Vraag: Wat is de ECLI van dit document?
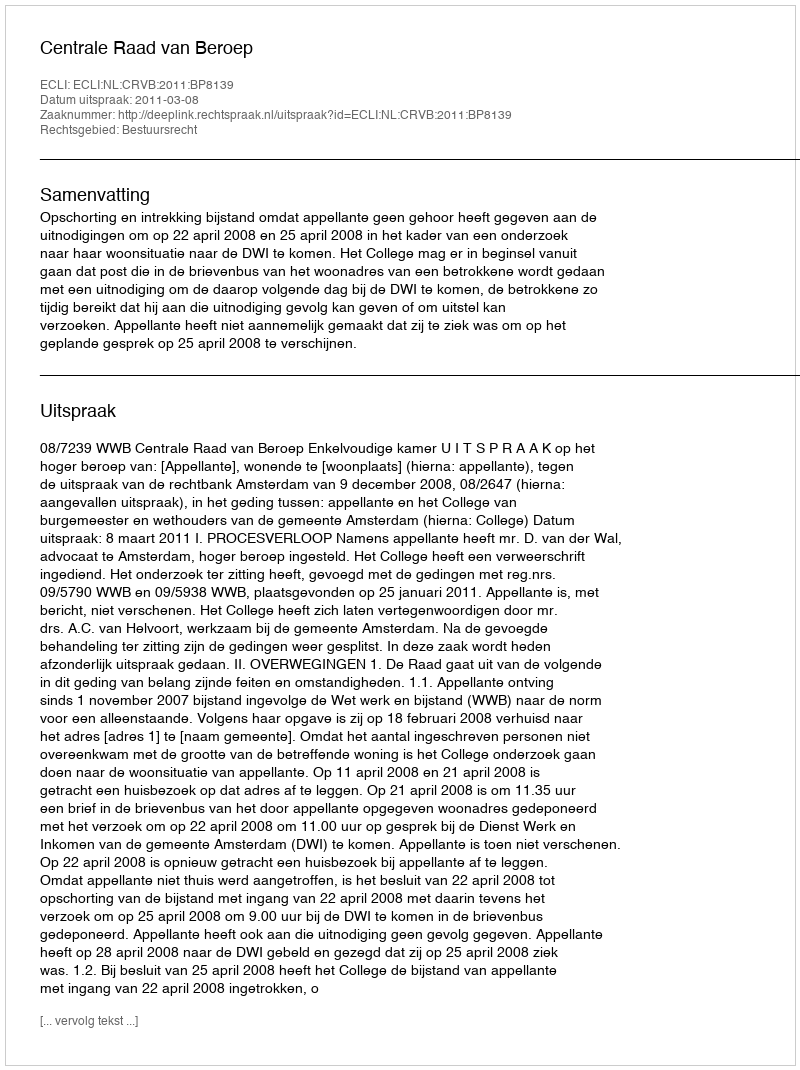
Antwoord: ECLI:NL:CRVB:2011:BP8139